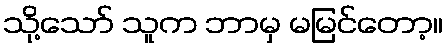
သို့သော် သူက ဘာမှ မမြင်တော့။